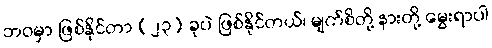
ဘဝမှာ ဖြစ်နိုင်တာ (၂၃) ခုပဲ ဖြစ်နိုင်တယ်၊ မျက်စိတို့ နားတို့ မွေးရာပါ